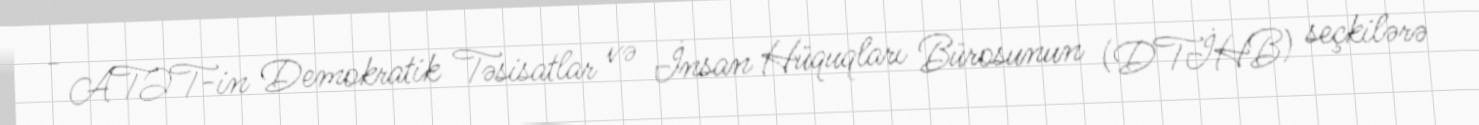
- ATƏT-in Demokratik Təsisatlar və İnsan Hüquqları Bürosunun (DTİHB) seçkilərə